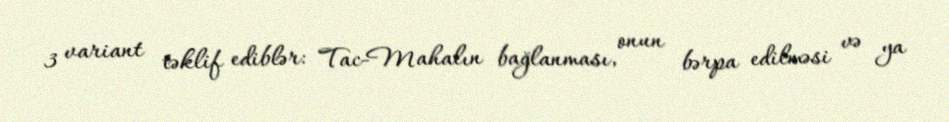
3 variant təklif ediblər: Tac-Mahalın bağlanması, onun bərpa edilməsi və ya